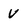
Character: V